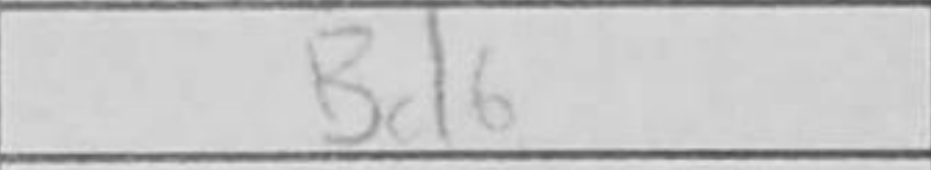
Transcription: Bd6